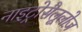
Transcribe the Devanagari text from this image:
नाइट्रोसैलूलोज़